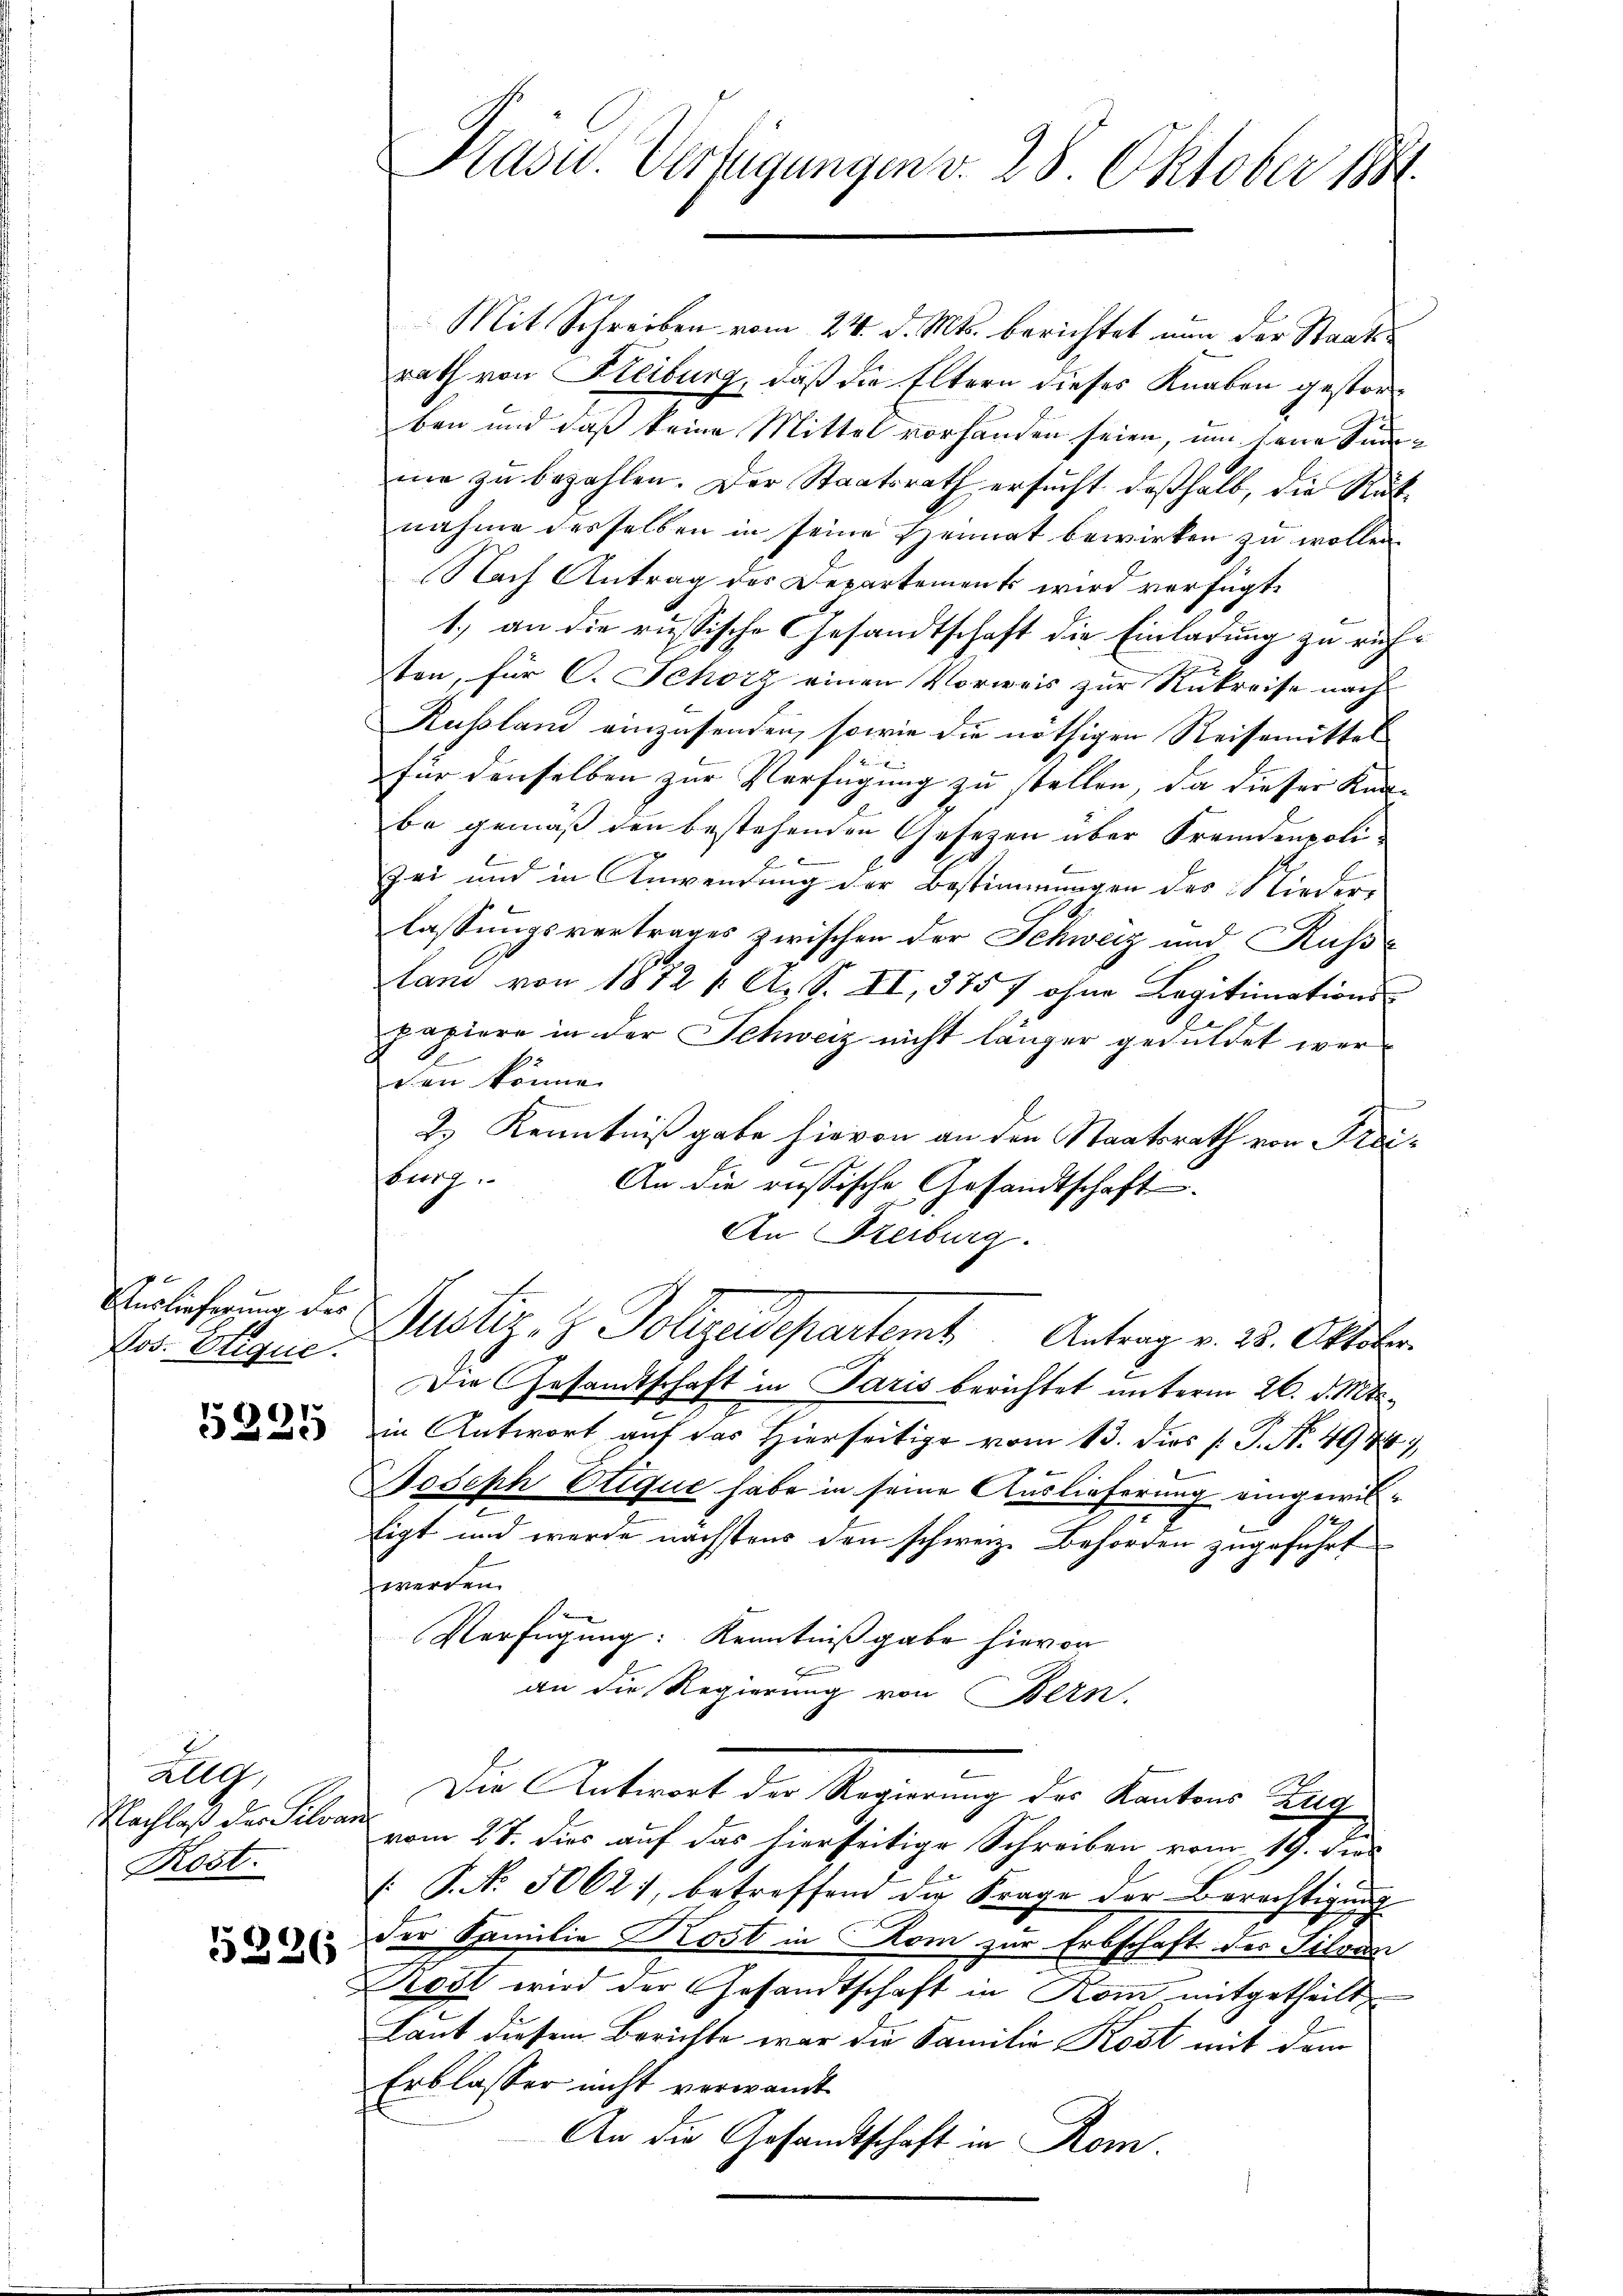
Nos. Etique.

5225

alle
Nachlaß der Silvan
Rost.

5226

Präsid.. Verfügungen v. 28. Oktober 1881.

Mit Schreiben vom 24. d. Mts. berichtet nun der Staatsrath von Fleiburg, daß die Eltern dieses Knaben gestorben und daß keine Mittel vorhanden seien, um seine Summe zu bezahlen. Der Staatsrath ersucht deßhalb, die Rücknahme desselben in seine Heimat bewirken zu wollen.
Nach Antrag des Departements wird verfügt:
1.) an die russische Gesandtschaft die Einladung zu ruften, für C. Schory einen Vorweis zur Rukreise nach
Russland einzusenden, sowie die nöthigen Reisemittel
für denselben zur Verfügung zu stellen, da dieser Kanbe gemäß den bestehenden Gesezen über Fremdenpolizei und in Anwendung der Bestimmungen des Nieder-
lassungsvertrages zwischen der Schweiz und Russe
lan von 1872 f. A. S. II, 375 7 ohne Legitimations-
papiere in der Schweiz nicht länger geduldet werchen könne.
m
2.) Kenntnißgabe hievon an den Staatsrath von Freibung.
An die russische Gesandtschaft
An Freiburg.
Verlieferung der Justiz- & Polizeidepartemt Antrag v. 25. Oktober
Die Gesandtschaft in Paris berichtet unterm 26. d. Mts.
in Antwort auf das Hierseitige vom 13. dies P. P. No. 497)
Joseph Etique habe in seine Auslieferung eingewise
tigt und werde nächstens den schweiz. Behörden zugeführt
werden.
Verfügung: Kenntnißgabe hievon
an die Regierung von Bern.
Die Antwort der Regierung der Kantons Zug
vom 27. dies auf das hierseitige Schreiben vom 19. dies
P.NNo. 5062), betreffend die Frage der Berechtigung
der Familie Kost in Kom zur Erbschaft der Silvan
Rest wird der Gesandtschaft in Rom, mitgetheilt
Laut diesem Berichte war die Familie Kost mit dem
Erblasser nicht verwandt
An die Gesandtschaft in Rom.